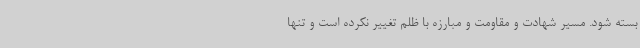
بسته شود. مسیر شهادت و مقاومت و مبارزه با ظلم تغییر نکرده است و تنها